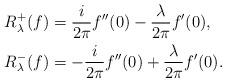
LaTeX: \begin{align*}R_\lambda^+(f) &= \frac{i}{2\pi}f''(0) - \frac{\lambda}{2\pi}f'(0), \\R_\lambda^-(f) &= -\frac{i}{2\pi}f''(0) + \frac{\lambda}{2\pi}f'(0).\end{align*}